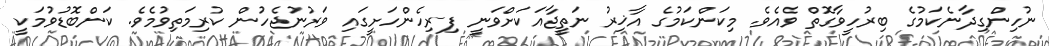
ނުހިންގިދާނެކަމުގެ ބިރުހީވާގޮތް ވެއެވެ. މިކަންކަމުގެ އާޚިރު ނަތީޖާއަކަށްވަނީ ފިރިހެންހަށީގައި ވަރުނުޖެހުން ކުރިމަތިވުމެވެ. ކަންބޮޑުވުމަކީ